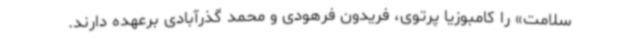
سلامت» را کامبوزیا پرتوی، فریدون فرهودی و محمد گذرآبادی برعهده دارند.